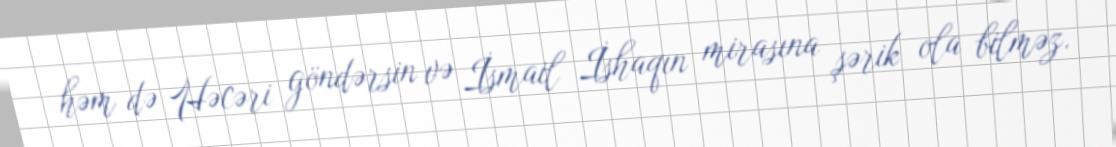
həm də Həcəri göndərsin və İsmail İshaqın mirasına şərik ola bilməz.